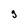
Character: g